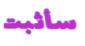
سأثبت